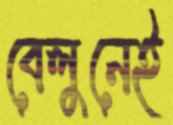
বেলুনেই